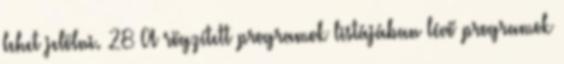
lehet jelölni. 28 A rögzített programok listájában lévő programok